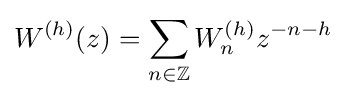
W^{(h)}(z)=\sum _{n\in \mathbb {Z} }W_{n}^{(h)}z^{-n-h}